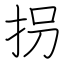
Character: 拐